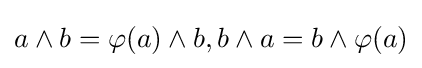
a\wedge b=\varphi (a)\wedge b,b\wedge a=b\wedge \varphi (a)